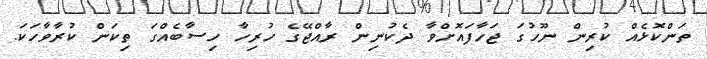
ތަންކޮޅެއް ކުރިން ނޫހުގަ ޖަހާފައޮށްވާ ދެކުނިން ރާއްޖޭގެ ހުރިހާ ހިސާބެއްގަ ތިކަން ކުރާވާހަކަ.